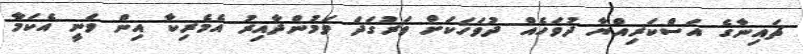
ޗައިނާގެ އަސްކަރިއްޔާ ދުވަހެއް ދުވަހަކަށް ވަރުގަދަ ވަމުންދާއިރު އެމެރިކާ އިން ވަނީ އެކަމާ